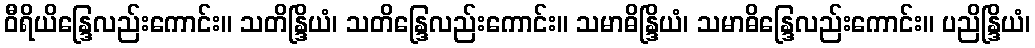
ဝီရိယိန္ဒြေလည်းကောင်း။ သတိန္ဒြိယံ၊ သတိန္ဒြေလည်းကောင်း။ သမာဓိန္ဒြိယံ၊ သမာဓိန္ဒြေလည်းကောင်း။ ပညိန္ဒြိယံ၊